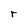
Character: r